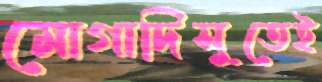
মোগাদিসুতেই